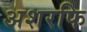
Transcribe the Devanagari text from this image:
अशरफि